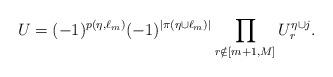
LaTeX: \begin{align*}U=(-1)^{p(\eta,\ell_{m})}(-1)^{|\pi(\eta\cup \ell_m)|} \prod_{r \notin [m+1,M]} U^{\eta \cup j}_r.\end{align*}